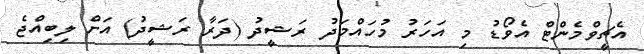
އެޗީވްމެންޓް އެވޯޑު މި އަހަރު މުހައްމަދު ރަޝީދު (ދަރާ ރަޝީދު) އަށް ލިބިއްޖެ